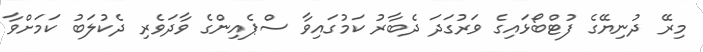
މިރޭ ދުނިޔޭގެ ފުޓްބޯޅައިގެ ވަރުގަދަ ދެބާރު ކަމުގައިވާ ސްޕެއިންގެ ވާދަވެރި ދެކުލަބު ކަމަށްވާ